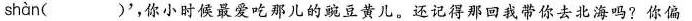
shàn ()'，你小时候最爱吃那儿的豌豆黄儿。还记得那回我带你去北海吗？你偏